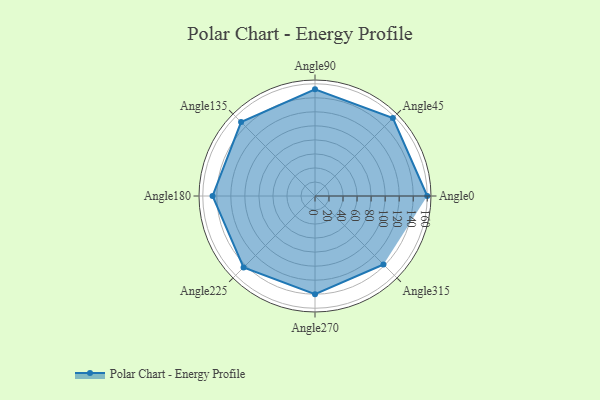
{"axis": {"x": "Angle", "y": "Radius"}, "legend": [""], "data": [{"x": "Angle0", "y": 160.0, "type": ""}, {"x": "Angle45", "y": 157.0, "type": ""}, {"x": "Angle90", "y": 152.0, "type": ""}, {"x": "Angle135", "y": 149.0, "type": ""}, {"x": "Angle180", "y": 146.0, "type": ""}, {"x": "Angle225", "y": 144.0, "type": ""}, {"x": "Angle270", "y": 140.0, "type": ""}, {"x": "Angle315", "y": 138.0, "type": ""}]}